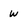
Character: W